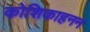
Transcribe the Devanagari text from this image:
कोशिकाहनन